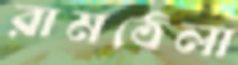
রামঠেলা